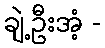
ချဲ့ဦးအံ့ -